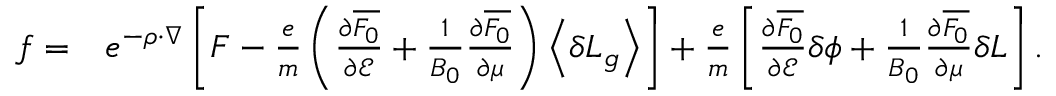
\begin{array} { r l } { f = } & { { } e ^ { - \rho \cdot \nabla } \left[ { F } - \frac { e } { m } \left( \frac { \partial { \overline { { F _ { 0 } } } } } { \partial \mathcal { E } } + \frac { 1 } { B _ { 0 } } \frac { \partial { \overline { { F _ { 0 } } } } } { \partial \mu } \right) \left\langle \delta L _ { g } \right\rangle \right] + \frac { e } { m } \left[ \frac { \partial { \overline { { F _ { 0 } } } } } { \partial \mathcal { E } } \delta \phi + \frac { 1 } { B _ { 0 } } \frac { \partial { \overline { { F _ { 0 } } } } } { \partial \mu } \delta L \right] . } \end{array}